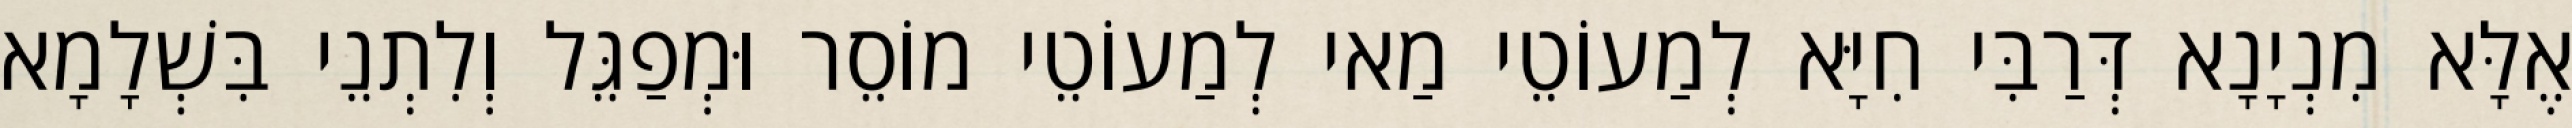
אֶלָּא מִנְיָנָא דְּרַבִּי חִיָּא לְמַעוֹטֵי מַאי לְמַעוֹטֵי מוֹסֵר וּמְפַגֵּל וְלִתְנֵי בִּשְׁלָמָא